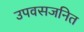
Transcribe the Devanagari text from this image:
उपवसजनित